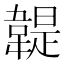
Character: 䪘